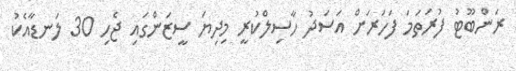
ރަންބޫޓު ފުރަތަމަ ފަހަރަށް އަސަދު ހާސިލްކުރީ މިދިޔަ ސީޒަންގައި ޖެހި 30 ލަނޑާއެކު